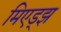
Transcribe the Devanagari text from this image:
मिएड्झ